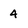
Character: 4